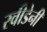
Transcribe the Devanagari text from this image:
स्वीडेनी